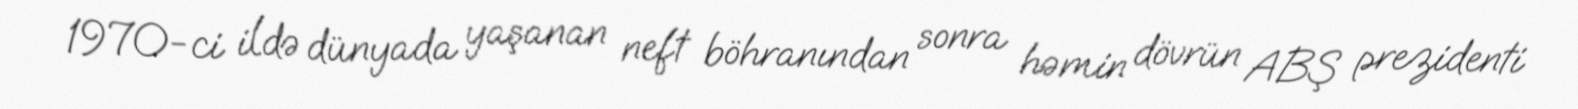
1970-ci ildə dünyada yaşanan neft böhranından sonra həmin dövrün ABŞ prezidenti